Riigikantselei, lk 307
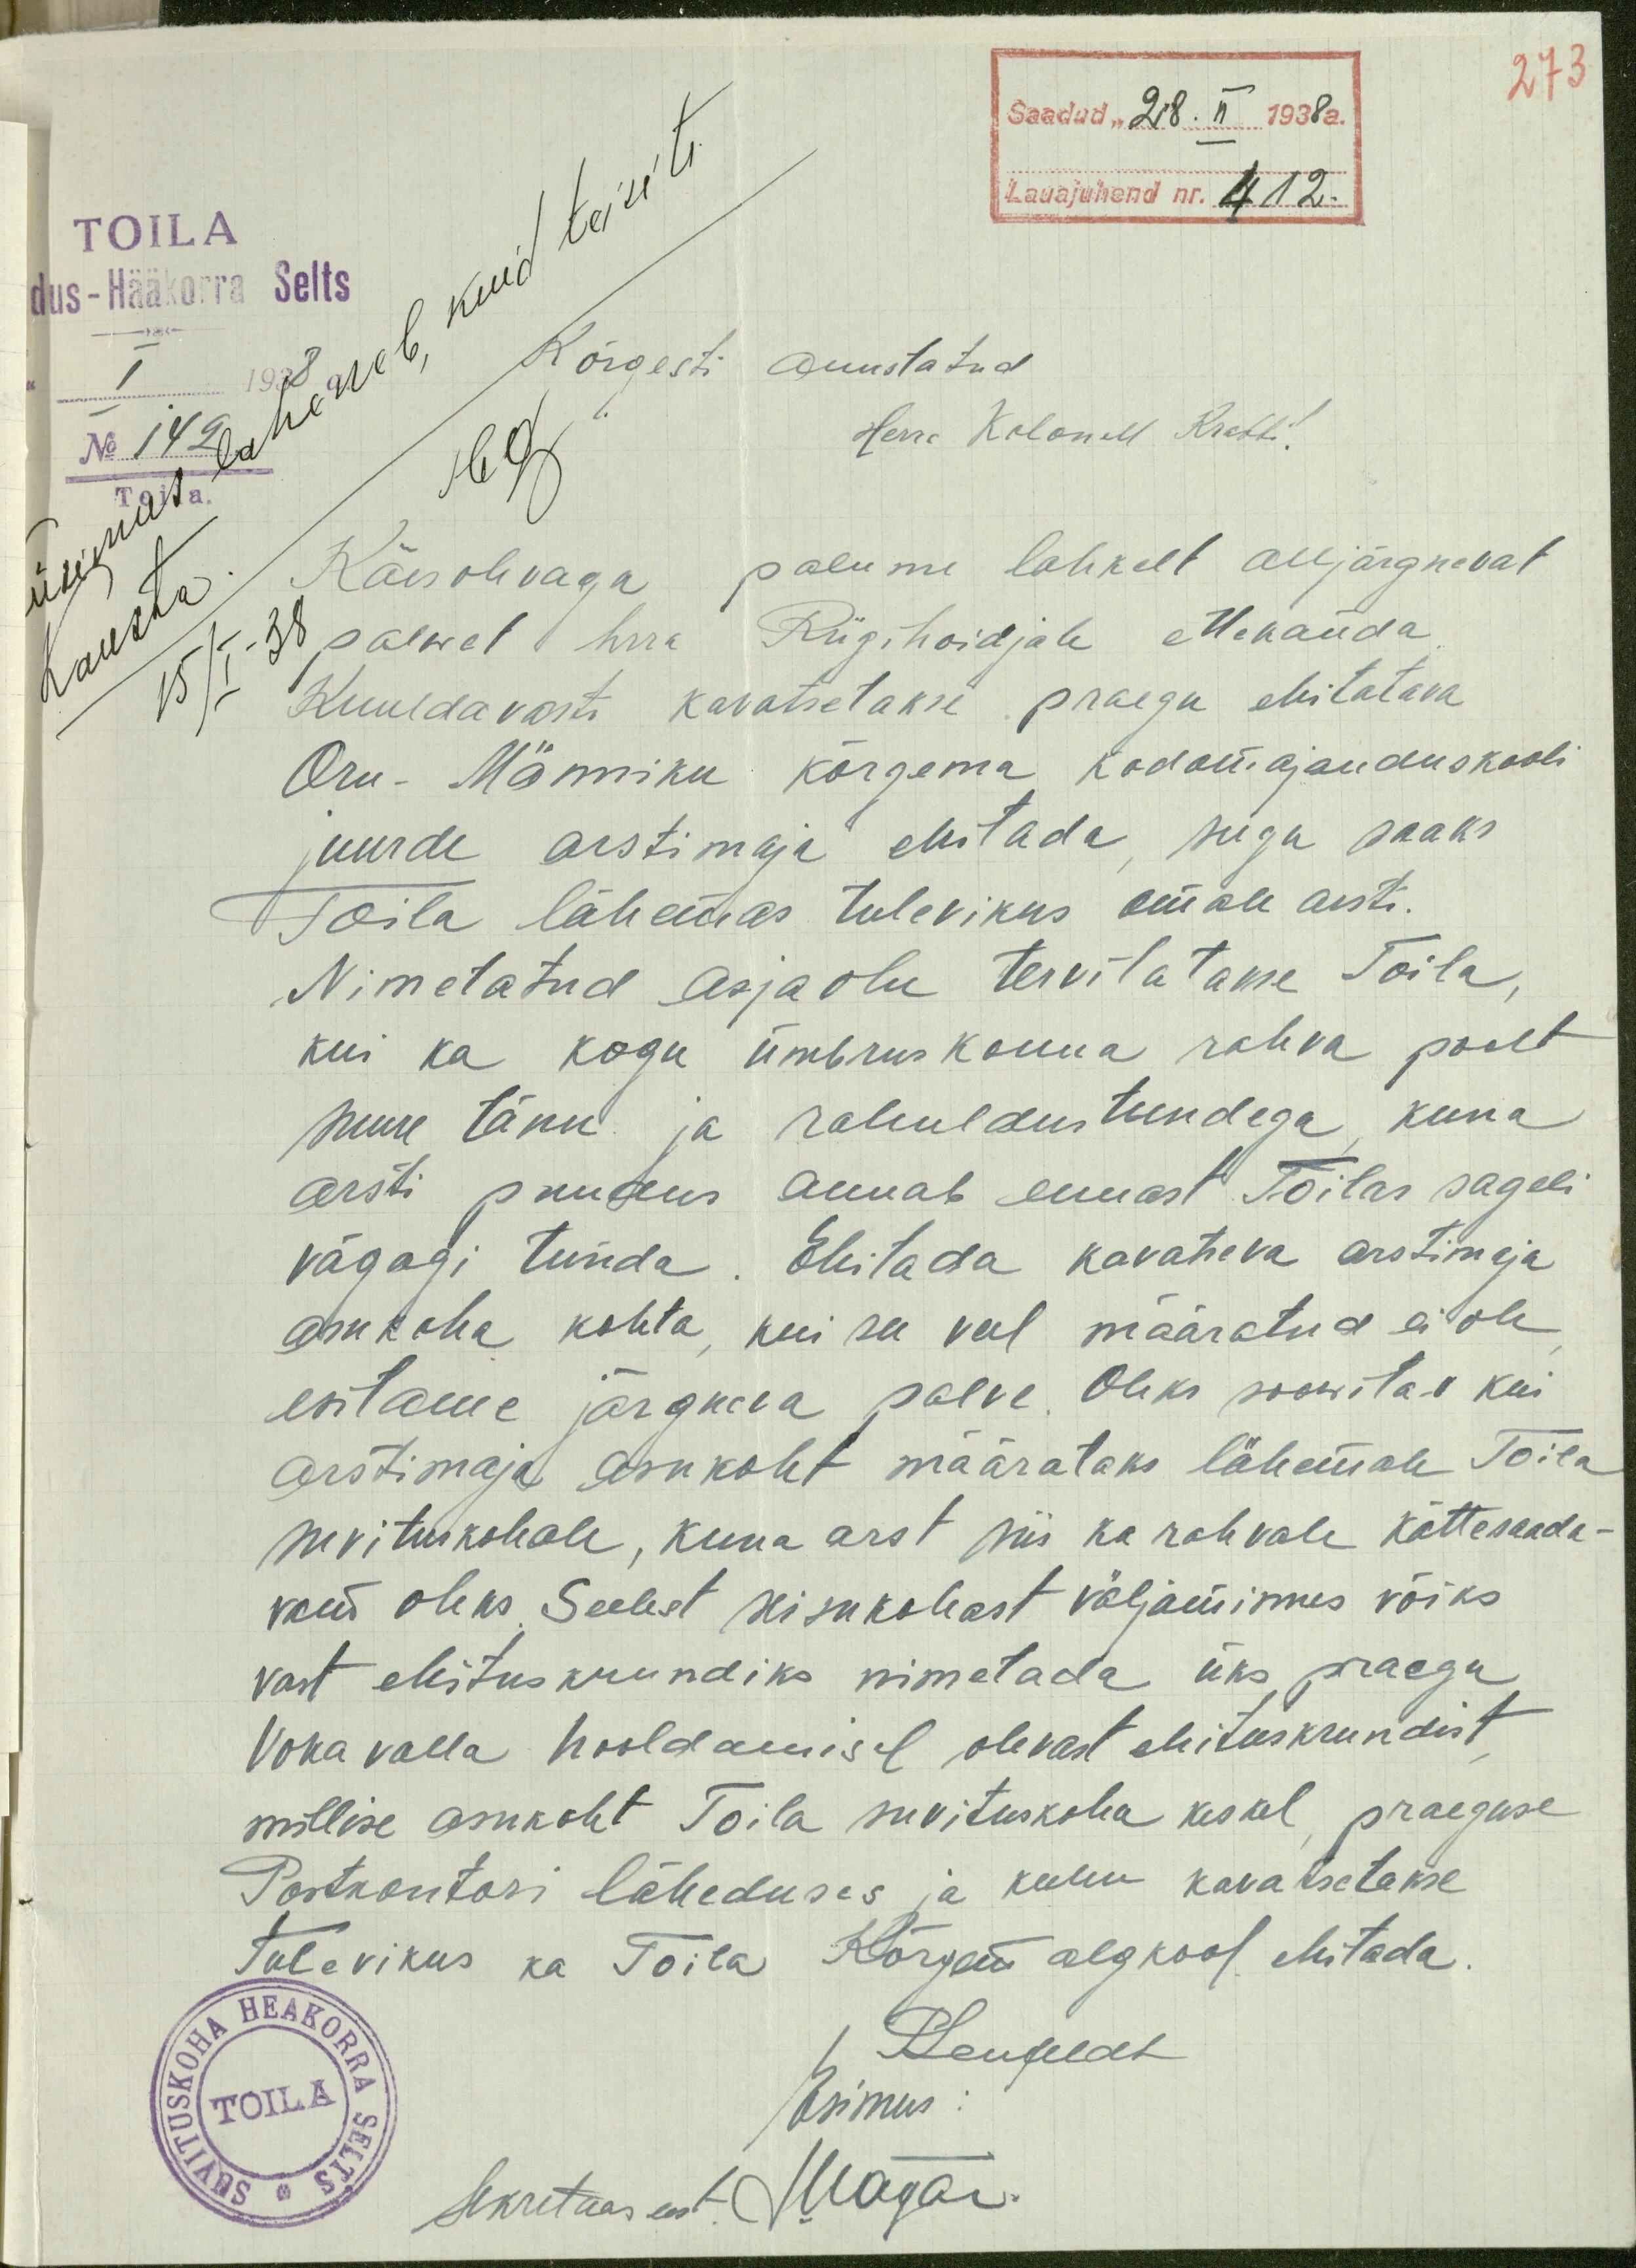
273
Saadud "28. II 1938 a.
Lauajuhend nr. 412.
TOILA
dus-Hääkorra Selts
15/I - 38
Kõrgesti auustatud
Herra Kolonell Krabbi!
Käesolevaga palume lahkelt alljärgnevat
palwet hrra Riigihoidjale ettekanda
Kuuldavasti kavatsetakse praegu ehitatava
Oru-Männiku kõrgema kodomajanduskooli
juurde arstimaja ehitada, seega saaks
Toila lähemas tulevikus omale arsti.
Nimetatud asjaolu tervitatakse Toila
kui ka kogu ümbruskonna rahva poolt
suure tänu ja rahuldustundega kuna
arsti puudus annab ennast Toilas sageli
vägagi tunda. Ehitada kavatseva arstimaja
asukoha kohta, kui see veel määratud ei ole
esitame järgne0va palve. Oleks soowitav kui
arstimaja asukoht määrataks lähemale Toila
suvituskohale, kuna arst siis ka rahvale kättesaada-
vam oleks. Seelest seisukohast väljaminnes võiks
vast ehituskrundiks nimetada üks praegu
Voka valla hooldamisel olevast ehituskrundist
millise asukoht Toila suvituskoha keskel, praeguse
Postkontori läheduses ja kuhu kavatsetakse
tulevikus ka Toila Kõrgem algkool ehitada.
P. Lenfeldt
Esimees
TOILA
Sekretaar eest Magar.